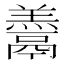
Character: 𩱋